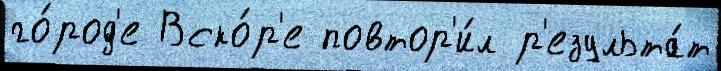
го́род'е Вско́р'е повтор'и́л р'езульта́т